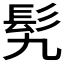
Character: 𩫴